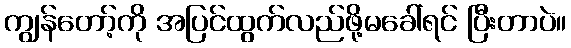
ကျွန်တော့်ကို အပြင်ထွက်လည်ဖို့မခေါ်ရင် ပြီးတာပဲ။